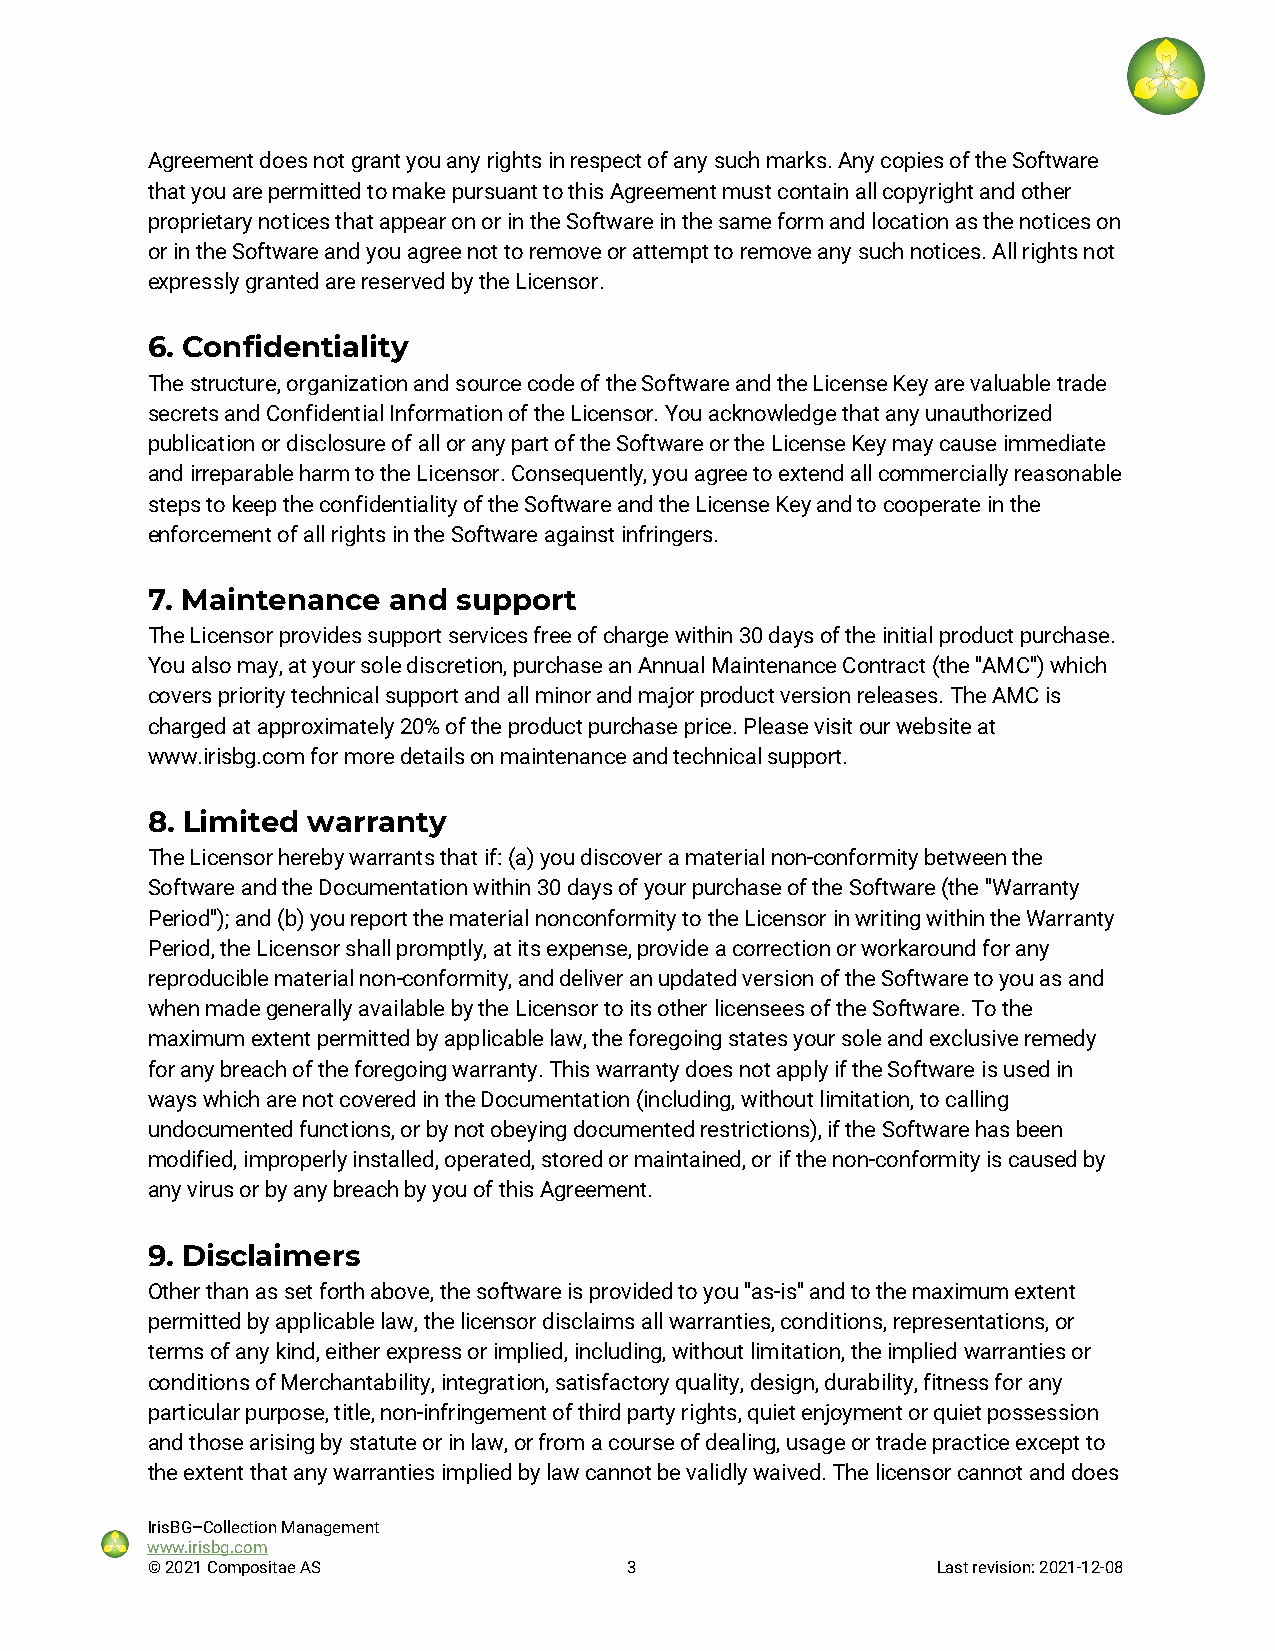
Agreement does not grant you any rights in respect of any such marks. Any copies of the Software
 that you are permitted to make pursuant to this Agreement must contain all copyright and other
 proprietary notices that appear on or in the Software in the same form and location as the notices on
 or in the Software and you agree not to remove or attempt to remove any such notices. All rights not
 expressly granted are reserved by the Licensor.
 6. Confidentiality
 The structure, organization and source code of the Software and the License Key are valuable trade
 secrets and Confidential Information of the Licensor. You acknowledge that any unauthorized
 publication or disclosure of all or any part of the Software or the License Key may cause immediate
 and irreparable harm to the Licensor. Consequently, you agree to extend all commercially reasonable
 steps to keep the confidentiality of the Software and the License Key and to cooperate in the
 enforcement of all rights in the Software against infringers.
 7. Maintenance  and support
 The Licensor provides support services free of charge within 30 days of the initial product purchase.
 You also may, at your sole discretion, purchase an Annual Maintenance Contract (the "AMC") which
 covers priority technical support and all minor and major product version releases. The AMC is
 charged at approximately 20% of the product purchase price. Please visit our website at
 www.irisbg.com for more details on maintenance and technical support.
 8. Limited warranty
 The Licensor hereby warrants that if: (a) you discover a material non-conformity between the
 Software and the Documentation within 30 days of your purchase of the Software (the "Warranty
 Period"); and (b) you report the material nonconformity to the Licensor in writing within the Warranty
 Period, the Licensor shall promptly, at its expense, provide a correction or workaround for any
 reproducible material non-conformity, and deliver an updated version of the Software to you as and
 when made generally available by the Licensor to its other licensees of the Software. To the
 maximum extent permitted by applicable law, the foregoing states your sole and exclusive remedy
 for any breach of the foregoing warranty. This warranty does not apply if the Software is used in
 ways which are not covered in the Documentation (including, without limitation, to calling
 undocumented functions, or by not obeying documented restrictions), if the Software has been
 modified, improperly installed, operated, stored or maintained, or if the non-conformity is caused by
 any virus or by any breach by you of this Agreement.
 9. Disclaimers
 Other than as set forth above, the software is provided to you "as-is" and to the maximum extent
 permitted by applicable law, the licensor disclaims all warranties, conditions, representations, or
 terms of any kind, either express or implied, including, without limitation, the implied warranties or
 conditions of Merchantability, integration, satisfactory quality, design, durability, fitness for any
 particular purpose, title, non-infringement of third party rights, quiet enjoyment or quiet possession
 and those arising by statute or in law, or from a course of dealing, usage or trade practice except to
 the extent that any warranties implied by law cannot be validly waived. The licensor cannot and does
 IrisBG–Collection Management
 www.irisbg.com
 © 2021 Compositae AS           3                    Last revision: 2021-12-08